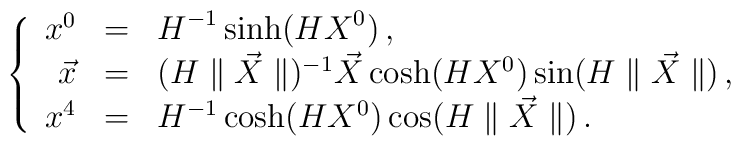
\left \{\begin{array}{rcllr}x^0&=&  {\displaystyle H^{-1} \sinh (H X^0) }    \,,\\\vec x &=&( H\parallel \vec X\parallel)^{-1}\vec X \cosh( HX^0)\sin(H\parallel \vec X\parallel) \,,\\x^4&=&  H^{-1}\cosh( HX^0) \cos (H\parallel \vec X\parallel)\,.\end{array}\right.